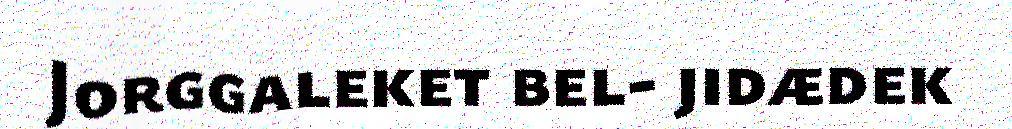
Jorggaleket bel- jidædek